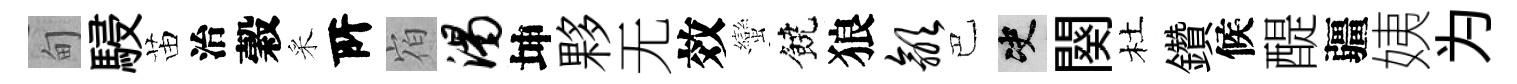
甸駸苗治穀采𠩄𪧐渴坤夥无效蠻饒狼歙巴决闋杜鑽候醍疆姨为